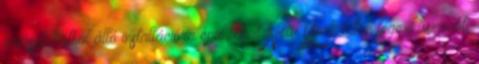
óriásplakátból álló installációra épül, amit New York talán legexkluzívabb